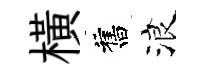
横舊浪